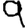
Digit: 9